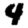
Digit: 4